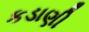
કડાણી